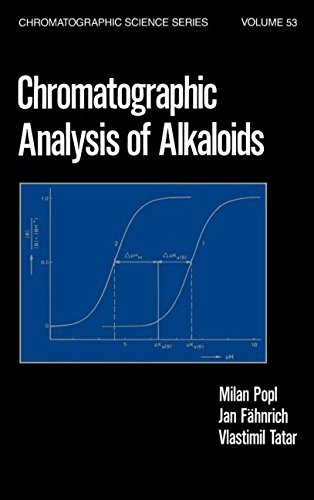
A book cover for Chromatographic Analysis of Alkaloids (Chromatographic Science Series); Popl; Science & Math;